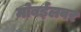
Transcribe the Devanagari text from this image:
मोबईलवर